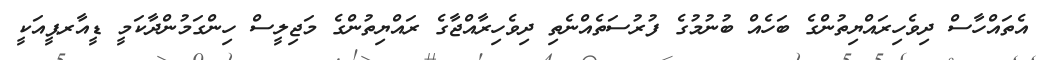
އެތައްހާސް ދިވެހިރައްޔިތުންގެ ބަހެއް ބުނުމުގެ ފުރުސަތެއްނެތި ދިވެހިރާއްޖާގެ ރައްޔިތުންގެ މަޖިލީސް ހިންގަމުންދާކަމީ ޑީއާރޕީއަކީ